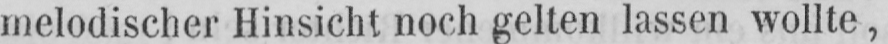
melodischer Hinsicht noch gelten lassen wollte,